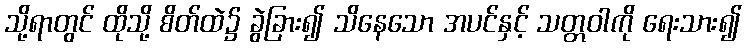
သို့ရာတွင် ထိုသို့ စိတ်ထဲ၌ ခွဲခြား၍ သိနေသော အပင်နှင့် သတ္တဝါကို ရေးသား၍